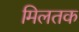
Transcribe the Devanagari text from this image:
मिलतक